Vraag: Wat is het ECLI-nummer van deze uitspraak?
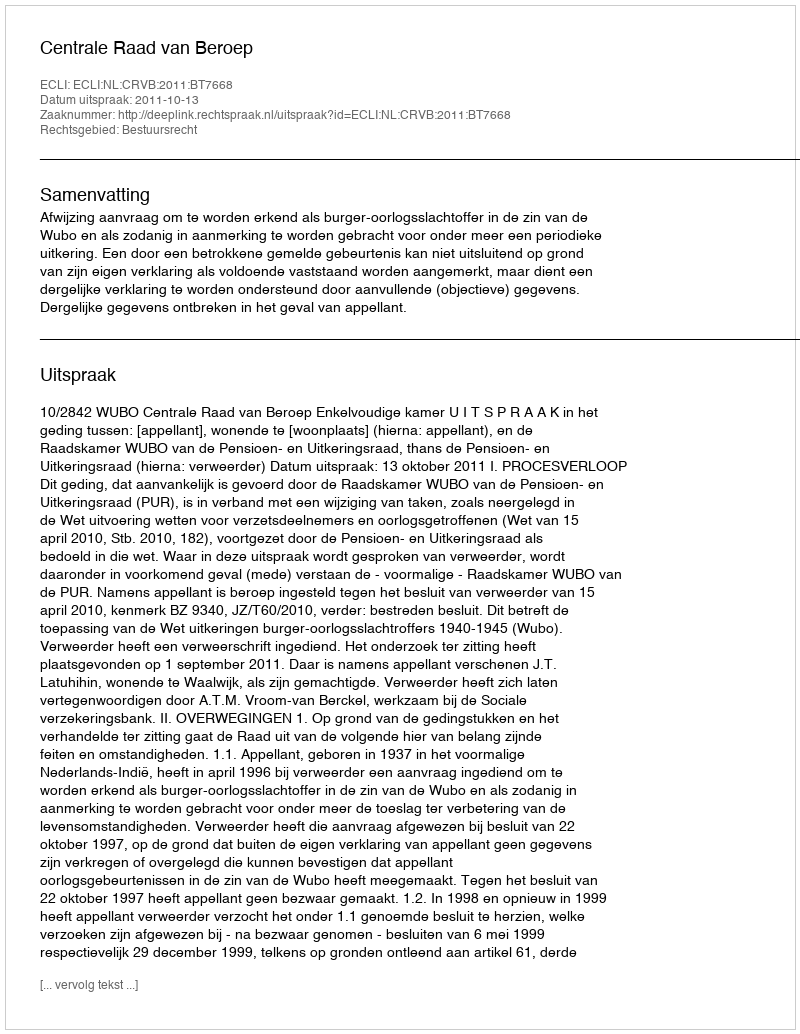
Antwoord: ECLI:NL:CRVB:2011:BT7668